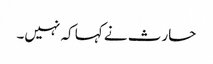
حارث نے کہا کہ نہیں۔